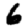
Digit: 6